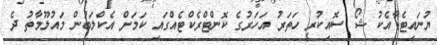
ޔުނައިޓެޑާއެކު ޝޯ ސޮއިކުރީ ހަތަރު އަހަރުގެ ކޮންޓްރެކްޓެއްގައި ކަމަށް އެކްލަބުން މައުލޫމާތު ދެ